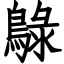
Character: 鵦